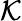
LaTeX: \mathcal K